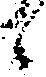
々